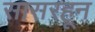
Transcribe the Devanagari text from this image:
सासरहून